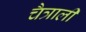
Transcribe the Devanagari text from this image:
चैत्राली